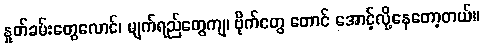
နှုတ်ခမ်းတွေလောင်၊ မျက်ရည်တွေကျ၊ ဗိုက်တွေ တောင် အောင့်လို့နေတော့တယ်။